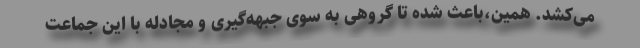
می‌کشد. همین،باعث شده تا گروهی به سوی جبهه‌گیری و مجادله با این جماعت